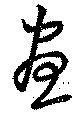
晝